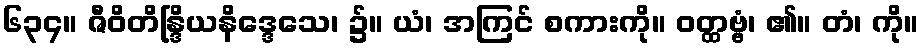
၆၃၄။ ဇီဝိတိန္ဒြိယနိဒ္ဒေသေ၊ ၌။ ယံ၊ အကြင် စကားကို။ ဝတ္ထဗ္ဗံ၊ ၏။ တံ၊ ကို။